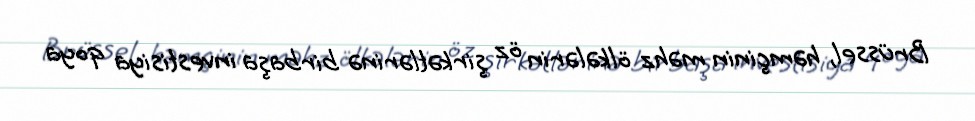
Brüssel, həmçinin məhz ölkələrin öz şirkətlərinə birbaşa investisiya qoya